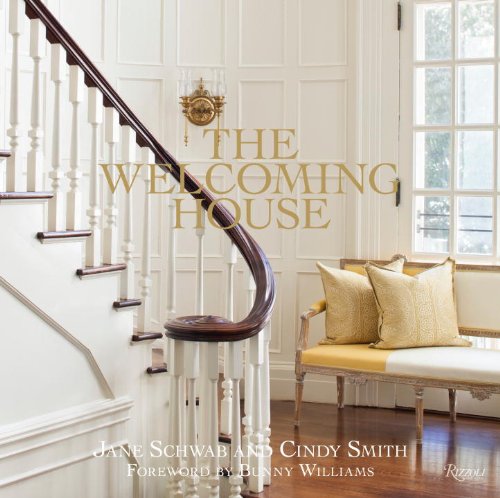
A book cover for The Welcoming House: The Art of Living Graciously; Jane Schwab; Crafts, Hobbies & Home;